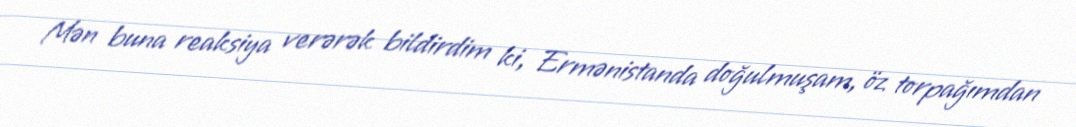
Mən buna reaksiya verərək bildirdim ki, Ermənistanda doğulmuşam, öz torpağımdan